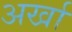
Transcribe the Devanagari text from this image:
अर्खा